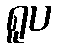
ရူပ